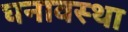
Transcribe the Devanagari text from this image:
घनावस्था